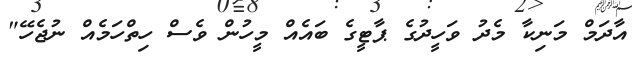
އާދަމް މަނިކާ މެދު ވަހީދުގެ ޕާޓީގެ ބައެއް މީހުން ވެސް ހިތްހަމެއް ނުޖެހޭ"